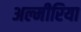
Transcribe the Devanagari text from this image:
अल्मीरिया